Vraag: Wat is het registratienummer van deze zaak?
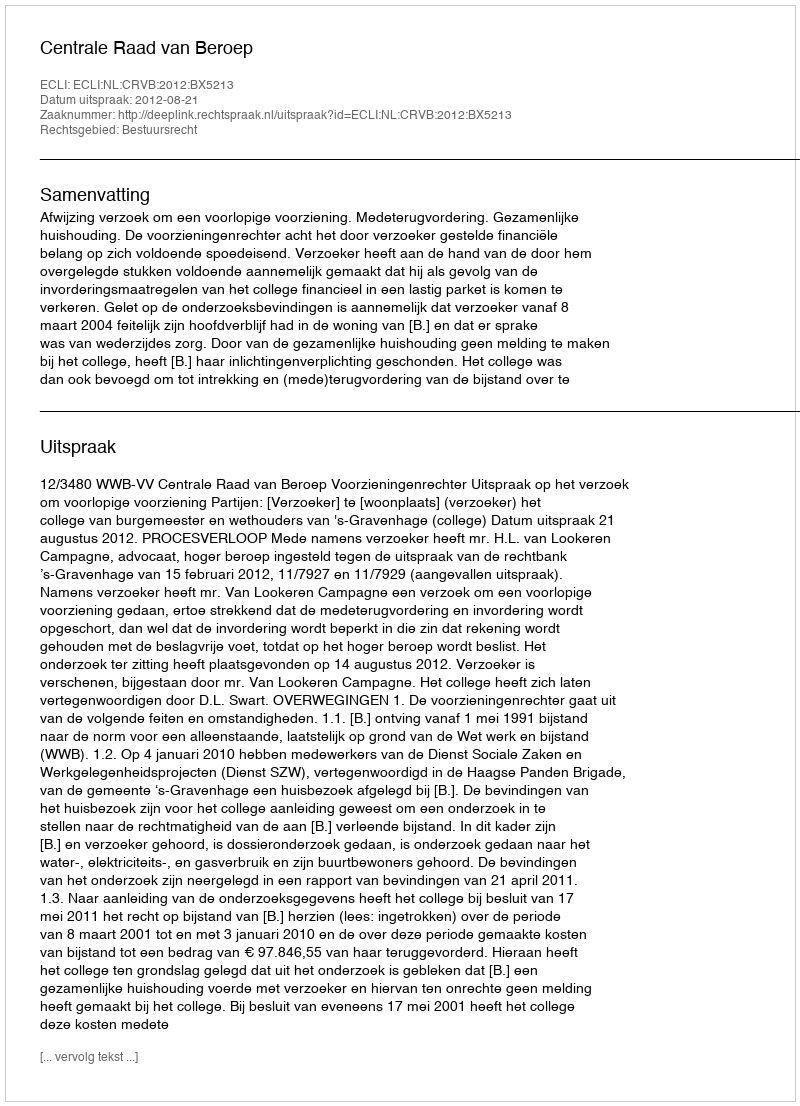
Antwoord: http://deeplink.rechtspraak.nl/uitspraak?id=ECLI:NL:CRVB:2012:BX5213